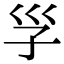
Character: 㜽